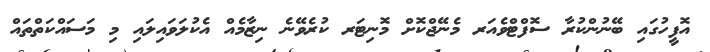
އޮފީހުގައި ބޭނުންކުރާ ސޮފްޓްވެއަރ މެނޭޖްކޮށް މޮނިޓަރ ކުރެވޭނެ ނިޒާމެއް އެކުލަވައިލައި މި މަސައްކަތްތައް